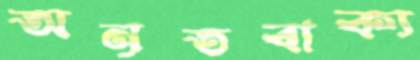
অনৃতবাক্য